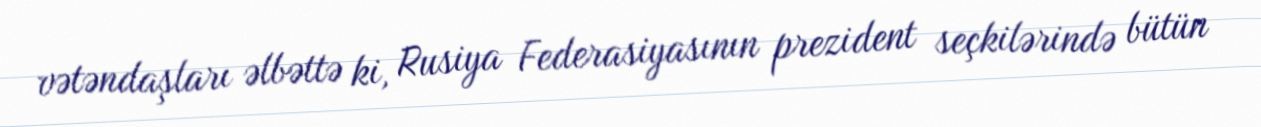
vətəndaşları əlbəttə ki, Rusiya Federasiyasının prezident seçkilərində bütün